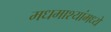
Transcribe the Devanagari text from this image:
मधमाश्यांमध्ये